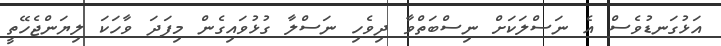
އަޅުގަނޑުވެސް އެ ނަސްލަކަށް ނިސްބަތްވާ ދިވެހި ނަސްލާ ގުޅުވައިގެން މިފަދަ ވާހަކަ ލިޔަންޖެހޭތީ